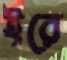
ইরে